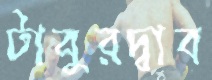
টাবুরদ্বাব